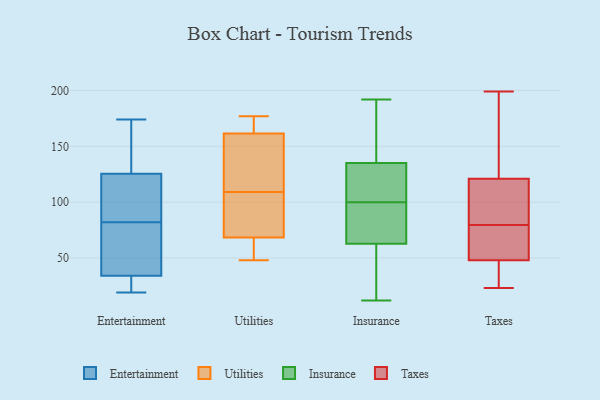
{"axis": {"x": "Customer Acquisition Cost (USD)", "y": "Value"}, "legend": ["Entertainment", "Insurance", "Taxes", "Utilities"], "data": [{"x": "", "y": 101, "type": "Entertainment"}, {"x": "", "y": 26, "type": "Entertainment"}, {"x": "", "y": 22, "type": "Entertainment"}, {"x": "", "y": 111, "type": "Entertainment"}, {"x": "", "y": 19, "type": "Entertainment"}, {"x": "", "y": 127, "type": "Entertainment"}, {"x": "", "y": 75, "type": "Entertainment"}, {"x": "", "y": 91, "type": "Entertainment"}, {"x": "", "y": 21, "type": "Entertainment"}, {"x": "", "y": 34, "type": "Entertainment"}, {"x": "", "y": 82, "type": "Entertainment"}, {"x": "", "y": 42, "type": "Entertainment"}, {"x": "", "y": 174, "type": "Entertainment"}, {"x": "", "y": 155, "type": "Entertainment"}, {"x": "", "y": 34, "type": "Entertainment"}, {"x": "", "y": 78, "type": "Entertainment"}, {"x": "", "y": 164, "type": "Entertainment"}, {"x": "", "y": 167, "type": "Entertainment"}, {"x": "", "y": 121, "type": "Entertainment"}, {"x": "", "y": 140, "type": "Utilities"}, {"x": "", "y": 48, "type": "Utilities"}, {"x": "", "y": 109, "type": "Utilities"}, {"x": "", "y": 55, "type": "Utilities"}, {"x": "", "y": 177, "type": "Utilities"}, {"x": "", "y": 169, "type": "Utilities"}, {"x": "", "y": 91, "type": "Utilities"}, {"x": "", "y": 157, "type": "Utilities"}, {"x": "", "y": 163, "type": "Utilities"}, {"x": "", "y": 61, "type": "Utilities"}, {"x": "", "y": 90, "type": "Utilities"}, {"x": "", "y": 49, "type": "Insurance"}, {"x": "", "y": 182, "type": "Insurance"}, {"x": "", "y": 55, "type": "Insurance"}, {"x": "", "y": 91, "type": "Insurance"}, {"x": "", "y": 100, "type": "Insurance"}, {"x": "", "y": 135, "type": "Insurance"}, {"x": "", "y": 135, "type": "Insurance"}, {"x": "", "y": 55, "type": "Insurance"}, {"x": "", "y": 111, "type": "Insurance"}, {"x": "", "y": 89, "type": "Insurance"}, {"x": "", "y": 12, "type": "Insurance"}, {"x": "", "y": 164, "type": "Insurance"}, {"x": "", "y": 192, "type": "Insurance"}, {"x": "", "y": 113, "type": "Insurance"}, {"x": "", "y": 86, "type": "Insurance"}, {"x": "", "y": 199, "type": "Taxes"}, {"x": "", "y": 78, "type": "Taxes"}, {"x": "", "y": 121, "type": "Taxes"}, {"x": "", "y": 103, "type": "Taxes"}, {"x": "", "y": 81, "type": "Taxes"}, {"x": "", "y": 159, "type": "Taxes"}, {"x": "", "y": 33, "type": "Taxes"}, {"x": "", "y": 54, "type": "Taxes"}, {"x": "", "y": 48, "type": "Taxes"}, {"x": "", "y": 23, "type": "Taxes"}]}